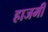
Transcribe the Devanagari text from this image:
हाजमी